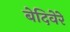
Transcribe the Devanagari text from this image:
बेदिवेरे